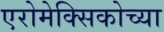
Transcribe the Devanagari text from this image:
एरोमेक्सिकोच्या